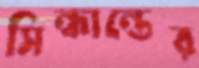
সিন্ধান্তের